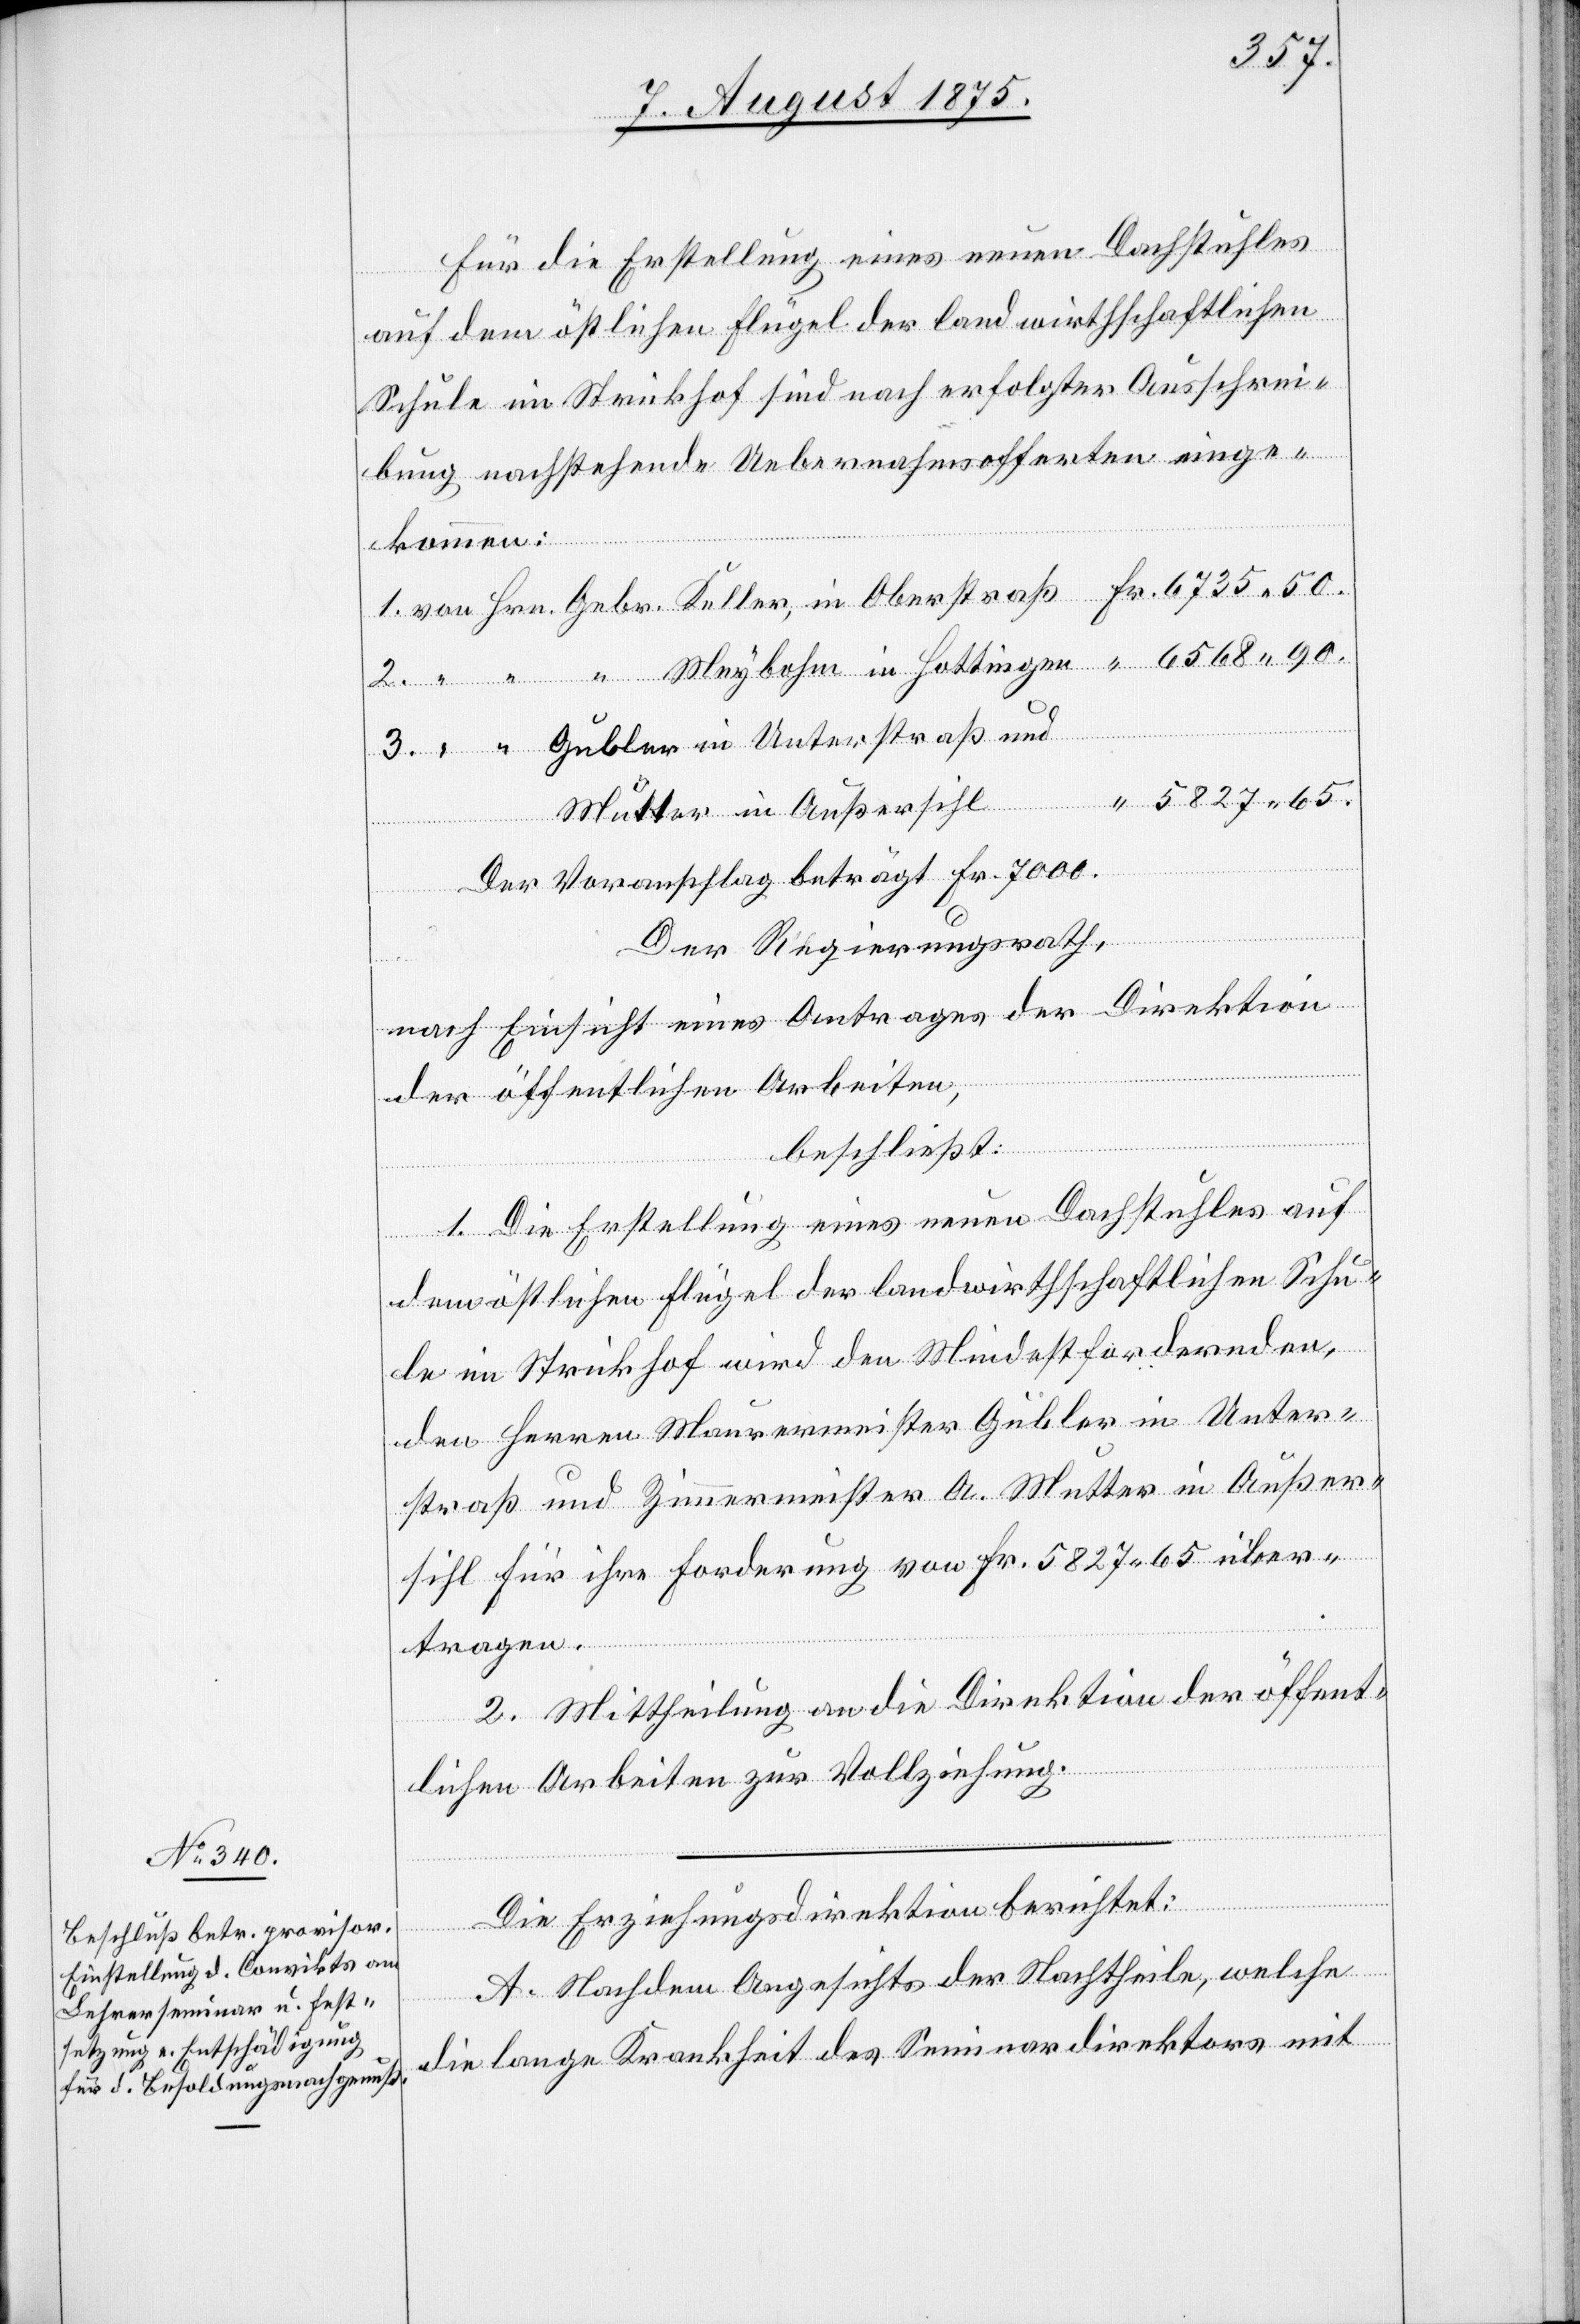
Für die Erstellung eines neuen Dachstuhles
auf dem östlichen Flügel der landwirthschaftlichen
Schule im Strickhof sind nach erfolgter Ausschrei¬
bung nachstehende Uebernahmsofferten einge¬
ingen
kommen:
Der Voranschlag beträgt Fr. 7000.
Der Regierungsrath,
3.
nach Einsicht eines Antrages der Direktion
der öffentlichen Arbeiten,
65.
beschließt:
1. Die Erstellung eines neuen Dachstuhles auf
dem östlichen Flügel der landwirthschaftlichen Schu¬
le im Strickhof wird den Mindestfordernden,
den Herren Maurermeister Gubler in Unter¬
straß und Zimmermeister A. Mutter in Außer¬
sihl für ihre Forderung von Fr. 5827 65 über¬
in
tragen.
2. Mittheilung an die Direktion der öffent¬
lichen Arbeiten zur Vollziehung.
“
Die Erziehungsdirektion berichtet:
A. Nachdem Angesichts [sic!] der Nachtheile, welche
die lange Krankheit des Seminardirektors mit